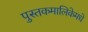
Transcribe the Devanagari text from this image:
पुस्तकमालिकेमधे